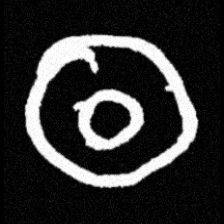
Pyu character \u2014 Myanmar letter: ထ (romanized: tha)